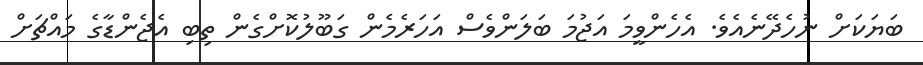
ބަޔަކަށް ނުހެދޭނެއެވެ. އެހެންވީމަ އަޖުމަ ބަލަންވެސް އަހަރެމެން ގަބޫލުކޮށްގެން ތިބި އެޖެންޑާގެ މައްޗަށް